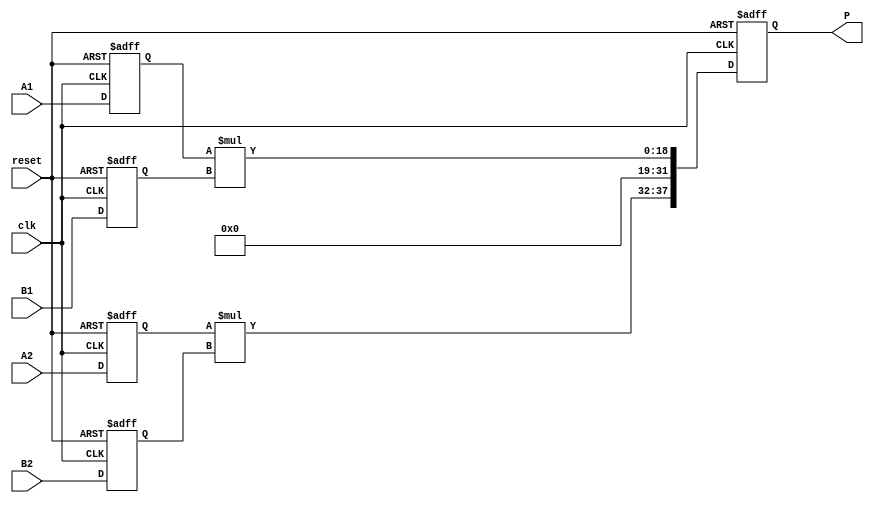
module dsp_mul_unsigned_reg_inf_dsp19x2 (clk, reset, A1, B1, A2, B2, P);
	input clk, reset;
	input  [9:0] A1;
	input  [9:0] A2;
	input  [8:0] B1;
	input  [8:0] B2;
	output reg  [37:0] P;
	reg  [9:0] i1;
	reg  [9:0] i3;
	reg  [8:0] i2;
	reg  [8:0] i4;
	reg  [31:0] mul1;
	reg  [31:0] mul2;
	always @(posedge clk, negedge reset) begin
		if(reset == 0) begin
			i1 <= 0;
			i2 <= 0;
			i3 <= 0;
			i4 <= 0;
		end
		else begin
			i1 <= A1;
			i2 <= B1;
			i3 <= A2;
			i4 <= B2;
		end
	end
	always @(posedge clk, negedge reset) begin
		if (reset == 0)
			P <= 0;
		else
			P<= {mul2,mul1};
	end

	always @ (*)  begin
		mul1  = i1 * i2;
		mul2  = i3 * i4; 
	end
endmodule